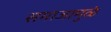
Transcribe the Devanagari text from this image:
समाजामुळे